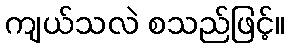
ကျယ်သလဲ စသည်ဖြင့်။